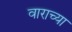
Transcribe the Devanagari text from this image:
वाराच्या